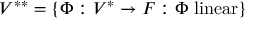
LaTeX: V ^ { * * } = \{ \Phi : V ^ { * } \to F : \Phi \ \mathrm { l i n e a r } \}